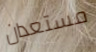
مستعدان